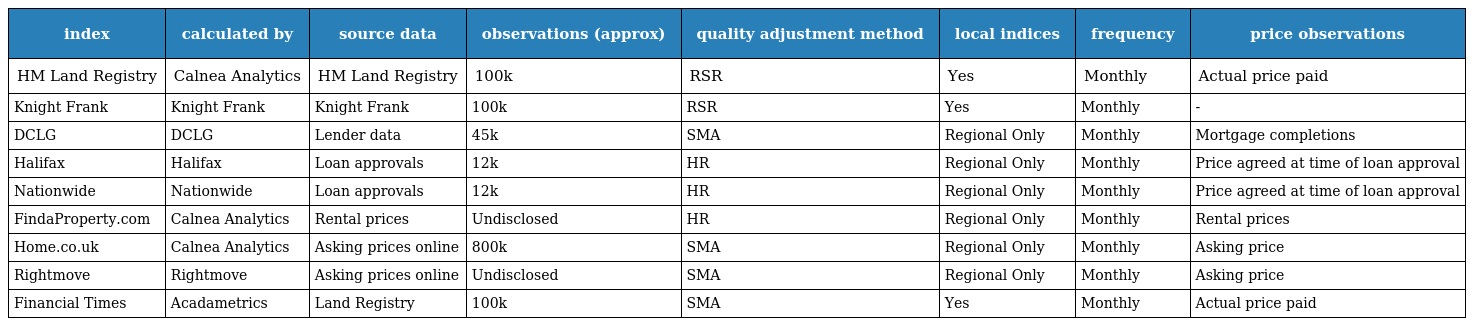
| index | calculated by | source data | observations (approx) | quality adjustment method | local indices | frequency | price observations |
 | --- | --- | --- | --- | --- | --- | --- | --- |
 | HM Land Registry | Calnea Analytics | HM Land Registry | 100k | RSR | Yes | Monthly | Actual price paid |
 | Knight Frank | Knight Frank | Knight Frank | 100k | RSR | Yes | Monthly | - |
 | DCLG | DCLG | Lender data | 45k | SMA | Regional Only | Monthly | Mortgage completions |
 | Halifax | Halifax | Loan approvals | 12k | HR | Regional Only | Monthly | Price agreed at time of loan approval |
 | Nationwide | Nationwide | Loan approvals | 12k | HR | Regional Only | Monthly | Price agreed at time of loan approval |
 | FindaProperty.com | Calnea Analytics | Rental prices | Undisclosed | HR | Regional Only | Monthly | Rental prices |
 | Home.co.uk | Calnea Analytics | Asking prices online | 800k | SMA | Regional Only | Monthly | Asking price |
 | Rightmove | Rightmove | Asking prices online | Undisclosed | SMA | Regional Only | Monthly | Asking price |
 | Financial Times | Acadametrics | Land Registry | 100k | SMA | Yes | Monthly | Actual price paid |